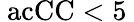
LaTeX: \mathrm{\ ac{CC}}<5\